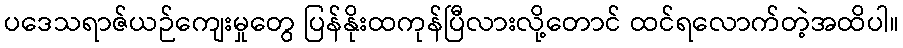
ပဒေသရာဇ်ယဉ်ကျေးမှုတွေ ပြန်နိုးထကုန်ပြီလားလို့တောင် ထင်ရလောက်တဲ့အထိပါ။